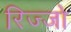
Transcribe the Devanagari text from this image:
रिज्‍जो